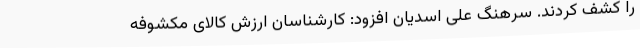
را کشف کردند. سرهنگ علی اسدیان افزود: کارشناسان ارزش کالای مکشوفه